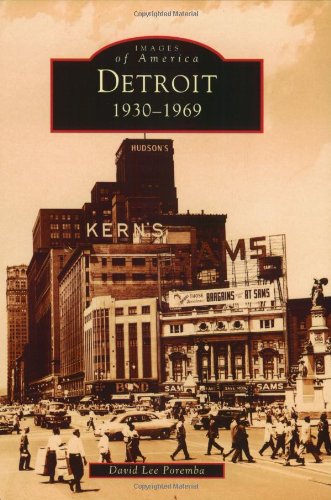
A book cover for Detroit: 1930-1969 (Images of America: Michigan); David  Lee  Poremba; Biographies & Memoirs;